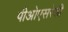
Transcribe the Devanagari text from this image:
पीओएसरेडी